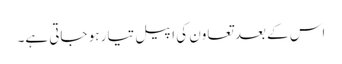
اس کے بعد تعاون کی اپیل تیار ہو جاتی ہے۔